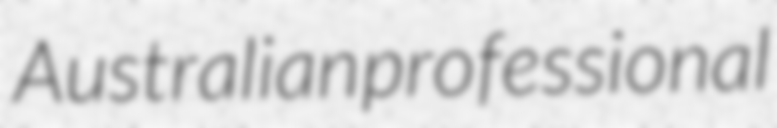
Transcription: Australian professional